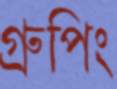
গ্রুপিং